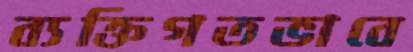
ব্যক্তিগতভাবে